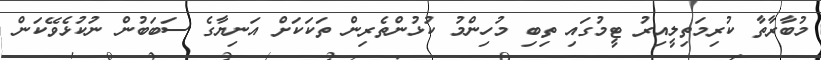
މުބާރާތާ ކުރިމަތިލީއިރު ޓީމުގައި ތިބި މުހިންމު ކުޅުންތެރިން ތަކަކަށް އަނިޔާގެ ސަބަބުން ނުކުޅެވޭކަން